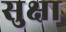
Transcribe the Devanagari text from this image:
सुक्षा